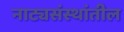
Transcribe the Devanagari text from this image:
नाट्यसंस्थांतील